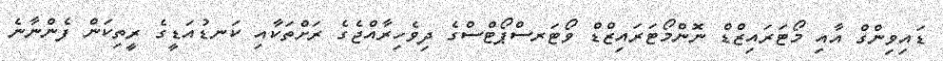
ޑައިވިންގް އާއި މޯޓަރައިޒްޑް ނޮންމޯޓަރައިޒްޑް ވޯޓަރސްޕޯޓްސްގެ ދިވެހިރާއްޖެގެ ރަށްތަކާއި ކަނޑުއަޑީގެ ރީތިކަން ފެންނާނެ